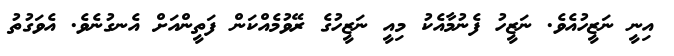
އިނީ ނަޒީހުއެވެ. ނަޒީހު ފެނުމާއެކު މިއީ ނަޒީހުގެ ރޭވުމެއްކަން ފަތީންއަށް އެނގުނެވެ. އެވަގުތު